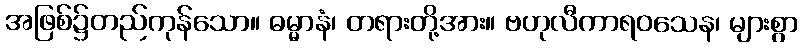
အဖြစ်၌တည်ကုန်သော။ ဓမ္မာနံ၊ တရားတို့အား။ ဗဟုလီကာရဝသေန၊ များစွာ